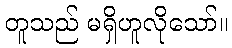
တူသည် မရှိဟူလိုသော်။